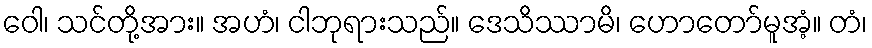
ဝေါ၊ သင်တို့အား။ အဟံ၊ ငါဘုရားသည်။ ဒေသိဿာမိ၊ ဟောတော်မူအံ့။ တံ၊